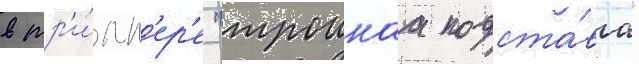
в тр'и́лл'ер'е "троинаа подста́ва"